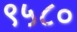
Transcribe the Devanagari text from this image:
९५८०